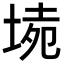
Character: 𡍡